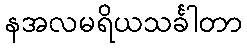
နအလမရိယသင်္ခါတာ